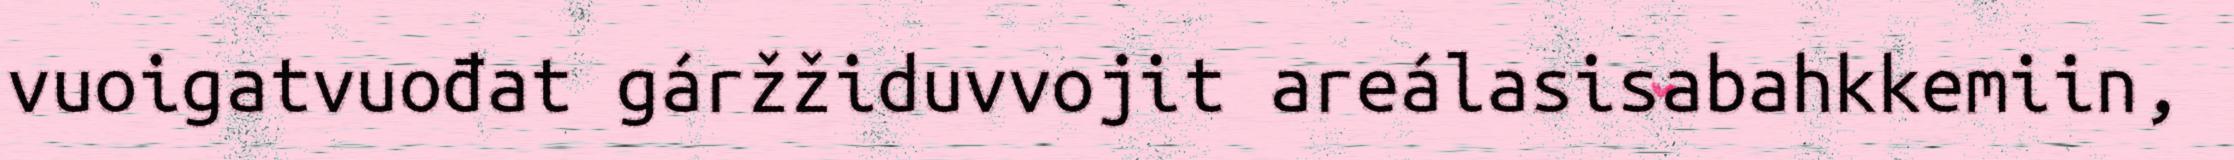
vuoigatvuođat gáržžiduvvojit areálasisabahkkemiin,